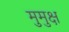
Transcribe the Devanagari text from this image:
मुुमुक्ष